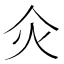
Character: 𤆅